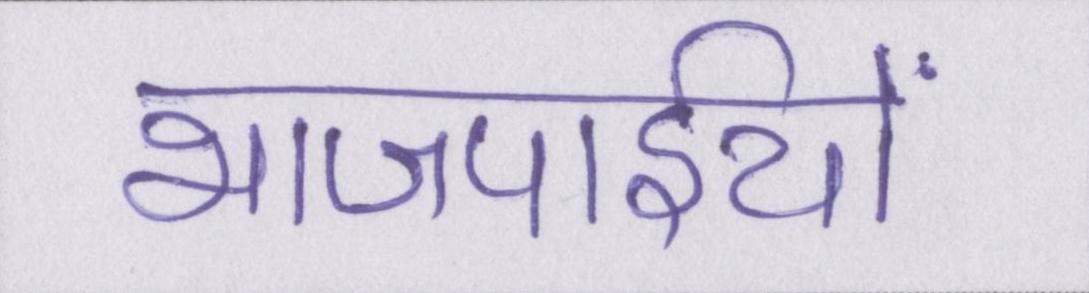
भाजपाईयों